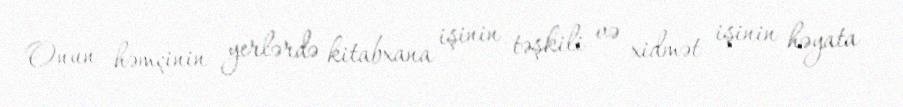
Onun həmçinin yerlərdə kitabxana işinin təşkili və xidmət işinin həyata